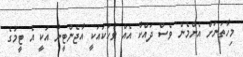
މިހާތަނަށް އެންމެން ވެސް ދައްކާ އެއް ވާހަކައަކީ އާޖެންޓީނާ އަކީ އެ ޓީމުގެ